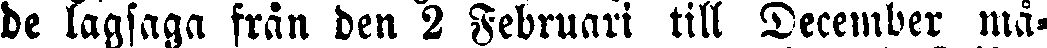
de lagsaga från den 2 Februari till December må-